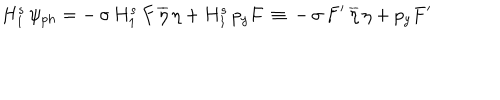
H _ { 1 } ^ { s } \, \psi _ { p h } = - \, \sigma \, H _ { 1 } ^ { s } \, F \, \overline { { { \eta } } } \, \eta + H _ { 1 } ^ { s } \, p _ { y } F \, \equiv \, - \, \sigma \, F ^ { \prime } \, \overline { { { \eta } } } \, \eta + p _ { y } F ^ { \prime }